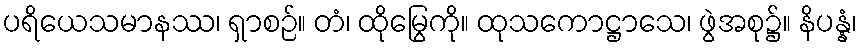
ပရိယေသမာနဿ၊ ရှာစဉ်။ တံ၊ ထိုမြွေကို။ ထုသကောဋ္ဌာသေ၊ ဖွဲအစု၌။ နိပန္နံ၊